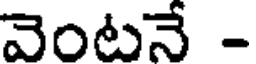
వెంటనే -